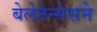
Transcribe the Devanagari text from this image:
बेलेनेन्सेसने